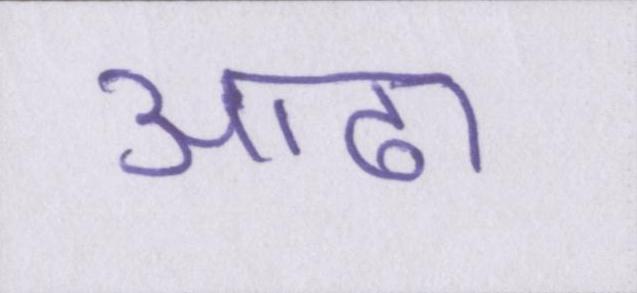
आढा